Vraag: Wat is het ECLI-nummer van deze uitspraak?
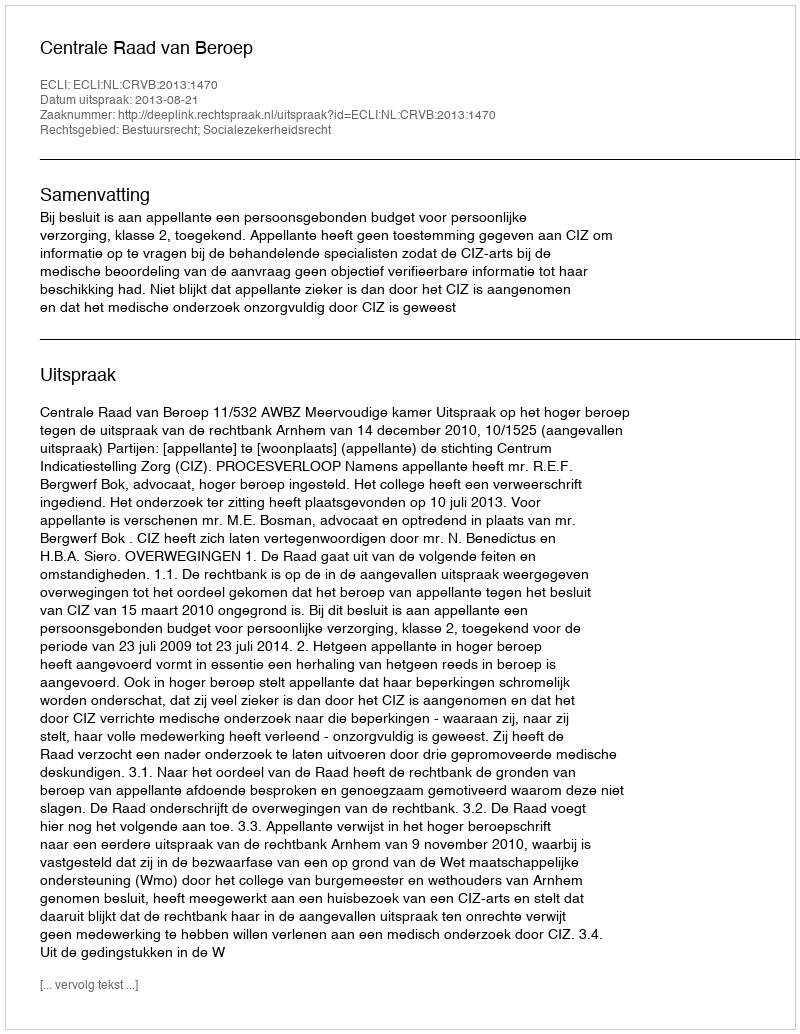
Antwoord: ECLI:NL:CRVB:2013:1470